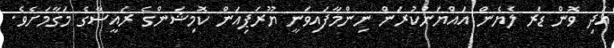
އަދި ވޮން ޑަރ ލެޔެން އައްޔަންކުރަން ނިންމާފައިވަނީ ޔޫރަޕިއަން ކޮމިޝަންގެ ރައީސާގެ މަގާމަށެވެ.